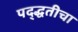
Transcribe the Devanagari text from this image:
पद्द्धतीचा